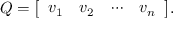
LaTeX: Q = { \left[ \begin{array} { l l l l } { v _ { 1 } } & { v _ { 2 } } & { \cdots } & { v _ { n } } \end{array} \right] } .